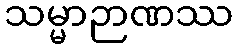
သမ္မာဉာဏဿ